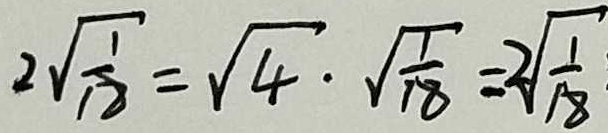
2 \sqrt { \frac { 1 } { 1 8 } } = \sqrt { 4 } \cdot \sqrt { \frac { 1 } { 1 8 } } = 2 \sqrt { \frac { 1 } { 1 8 } }